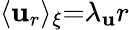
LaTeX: {\langle\mathbf{u}_{r}\rangle_{\xi}}{=}{\lambda_{\mathbf{u}}}r